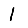
Digit: 1